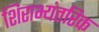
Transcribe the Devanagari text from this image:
शिराभ्यंतरिक